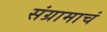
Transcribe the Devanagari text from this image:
संग्रामाचं